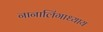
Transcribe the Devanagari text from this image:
नानालिंगाध्याय